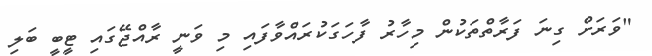
"ވަރަށް ގިނަ ފަރާތްތަކުން މިހާރު ފާހަގަކުރައްވާފައި މި ވަނީ ރާއްޖޭގައި ޓީބީ ބަލި